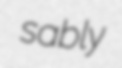
sably